Report on vaccination in Madras 1904-1921 - 1904-1921
Year: 1904
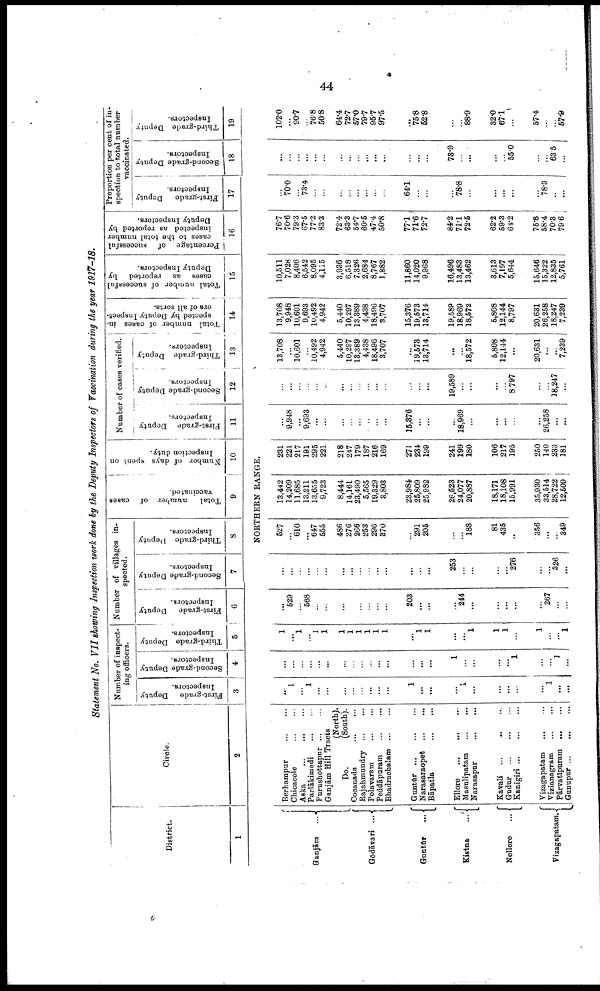
44
Statement No. VII showing Inspection work done by the Deputy Inspectors of Vaccination during the year 1917-18.
District.
1
Circle.
2
Number of inspect
ing officers.
First-grade Deputy
Inspectors.
3
Second-grade Deputy
Inspectors.
4
Third-grade Deputy
Inspectors.
5
Number of villages in.
spected.
First-grade Deputy
Inspectors.
6
Second-grade Deputy
Inspectors.
7
Third-grade Deputy
Inspectors.
8
Total
number of cases
vaccinated.
9
Number of days spent on
Inspection duty.
10
Number of cases verified.
First-grade Deputy
Inspectors.
11
Second-grade Deputy ,
Inspectors.
12
Third-grade Deputy
Inspectors.
13
Total number of cases in
spected by Deputy Inspect
ors of all sorts.
14
Total number of successful
cases as reported by
Deputy Inspectors.
15
Percentage. of successful
cases to the total number
inspected as reported by
Deputy Inspectors.
16
Proportion per cent of in
spection to total number
vaccinated.
First-grade
Deputy
Inspectors.
17
Second-grade Deputy
Inspectors.
18
Third-grade Deputy
Inspectors.
19
NORTHERN RANGE.
Ganjām
...
Godāvari ...
Guntūr
...
Kistna ...
Nellore
...
Vizagapatam.
Berhampur
...
...
Chicacole
...
...
Aska
...
...
...
Parlākimedi
...
...
Purushottapur
...
...
Ganjām Hill Tracts
(North).
Do.
(South).
Cocanada
...
...
Rajahmundry
...
...
Polavaram ... ...
Peddāpuram
...
...
Bhadrachalam
...
...
Guntūr
...
...
...
Narasaraopet
...
...
Bāpatla
...
...
Ellore
...
...
...
Masulipatam
...
...
Narasapur ... ...
Kavali ... ... ...
Gudur
...
...
...
Kanigiri
...
...
...
Vizagapatam
... ...
Vizianagram
...
...
Pārvatīpuram
Gunupur
...
...
...
...
1
...
1
...
...
...
...
...
...
...
...
1
...
...
...
1
...
...
...
...
...
1
...
...
...
...
...
...
...
...
...
...
...
...
...
...
...
...
...
1
...
...
...
...
1
...
... 1
...
1
... 1
... 1
1
1
1
1
1
1
1
...
1
1
...
...
1
1
1
...
1
...
...
1
...
529
...
568
...
...
...
...
...
...
...
...
203
...
...
...
214
...
...
...
...
...
267
...
...
...
...
...
...
...
...
...
...
...
...
...
...
...
...
...
253
...
...
...
...
276
...
... 326
...
527
... 610
... 647
555
486
276
266
253
296
370
...
291
205
...
...
188
81
435
...
356
...
...
349
13,442
14,209
11,685
13,211
13,655
9,723
8,444
14,161
23,490
5,565
19,329
3,803
23,984
25,809
25,982
26,523
24,077
20,887
18,171
18,108
15,991
35,930
33,514
28,722
12,509
231
221
217
191
295
221
218
247
179
187
216
169
271
234
199
241
199
180
106
217
195
250
140
233
181
...
9,948
...
9,693
...
...
...
...
...
...
...
...
15,376
...
...
...
18,969
...
...
...
...
...
26,258
...
...
...
...
...
...
...
...
...
...
...
...
...
...
...
...
...
19,589
...
...
...
...
8,797
...
...
18,247
...
13,708
...
10,601
...
10,492
4,942
5,440
10,287
13,389
4,438
18,496
3,707
...
19,573
13,714
...
...
18,572
5,808
12,144
...
20,631
...
...
7,239
13,708
9,948
10,601
9,693
10,492
4,942
5,440
10,297
13,389
4,438
18,496
3,707
15,376
19,573
13,714
19,589
18,969
18,572
5,808
12,144
8,797
20,631
26,258
18,247
7,239
10,511
7,028
8,406
6,542
8,095
4,115
3,936
6,518
7,326
2,684
8,767
1,882
11,860
14,020
9,968
16,496
13,483
13,462
3,613
7,197
5,644
15,646
15,322
12,835
5,761
76.7
70.6
79.3
67.5
77.2
83.3
72.4
63.3
54.7
60.5
47.4
50.8
77.1
71.6
72.7
84.2
71.1
72.5
62.2
59.3
64.2
75.8
58.4
70.3
796
...
70.0
...
73.4
...
...
...
...
...
...
...
...
64.1
...
...
...
78.8
...
...
...
...
...
78.3
...
...
...
...
...
...
...
...
...
...
...
...
...
...
...
...
...
73.9
...
...
...
...
55.0
...
...
63.5
...
102.0
...
90.7
...
76.8
50.8
64.4
72.7
57.0
79.7
95.7
97.5
...
75.8
52.8
...
...
88.9
32.0
67.1
...
57.4
...
...
57.9